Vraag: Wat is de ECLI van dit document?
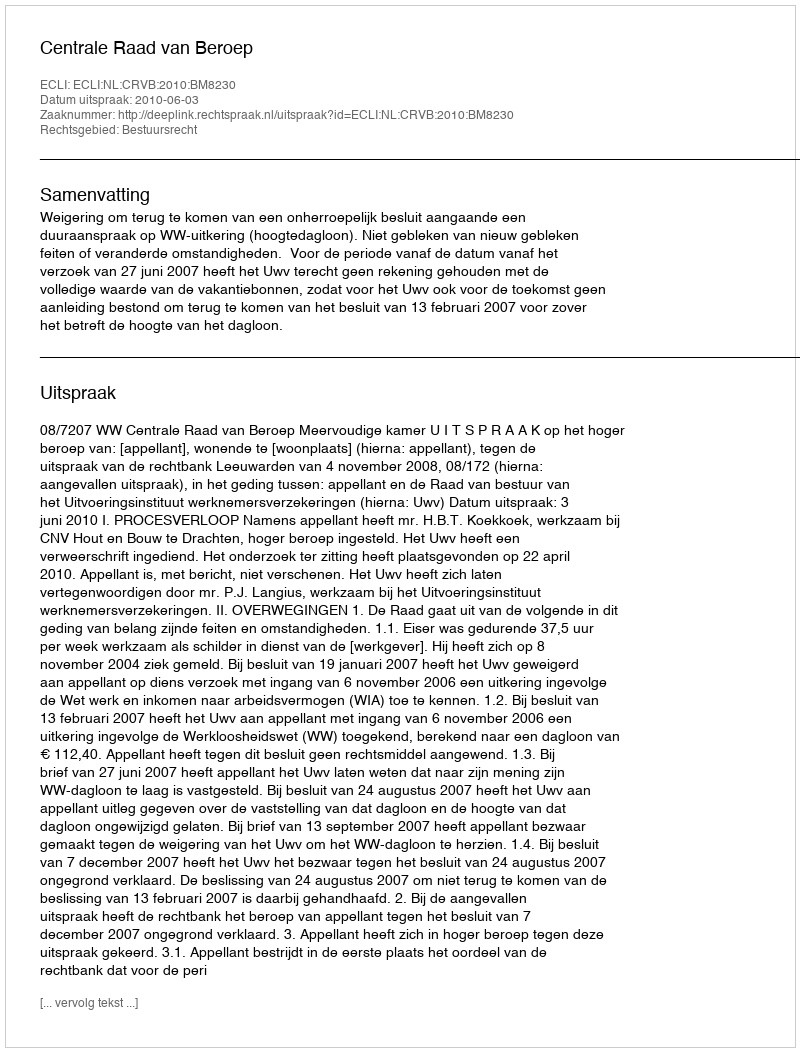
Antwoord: ECLI:NL:CRVB:2010:BM8230